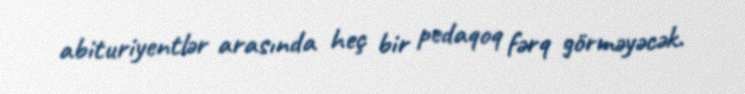
abituriyentlər arasında heç bir pedaqoq fərq görməyəcək.